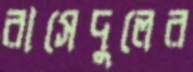
রাসেদুলের